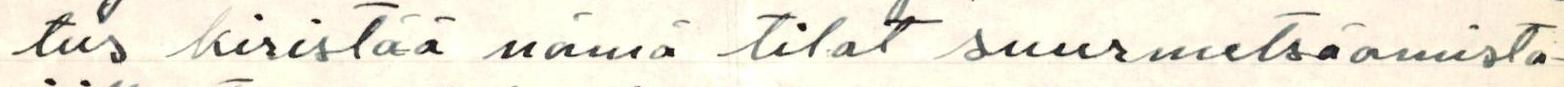
tus kiristää nämä tilat suurmetsäomista-